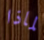
لماذا